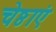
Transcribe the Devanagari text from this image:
चेष्ठाएं